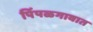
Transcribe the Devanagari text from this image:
पिंपळगावात